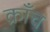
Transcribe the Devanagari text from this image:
क्राँच